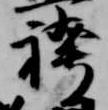
袴